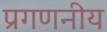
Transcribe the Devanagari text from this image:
प्रगणनीय